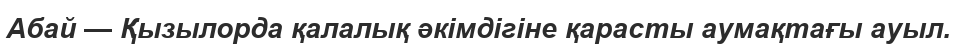
Абай — Қызылорда қалалық әкімдігіне қарасты аумақтағы ауыл.